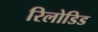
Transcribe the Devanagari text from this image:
रिलोडिड